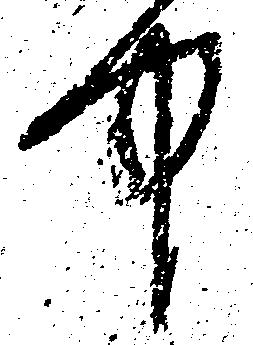
中